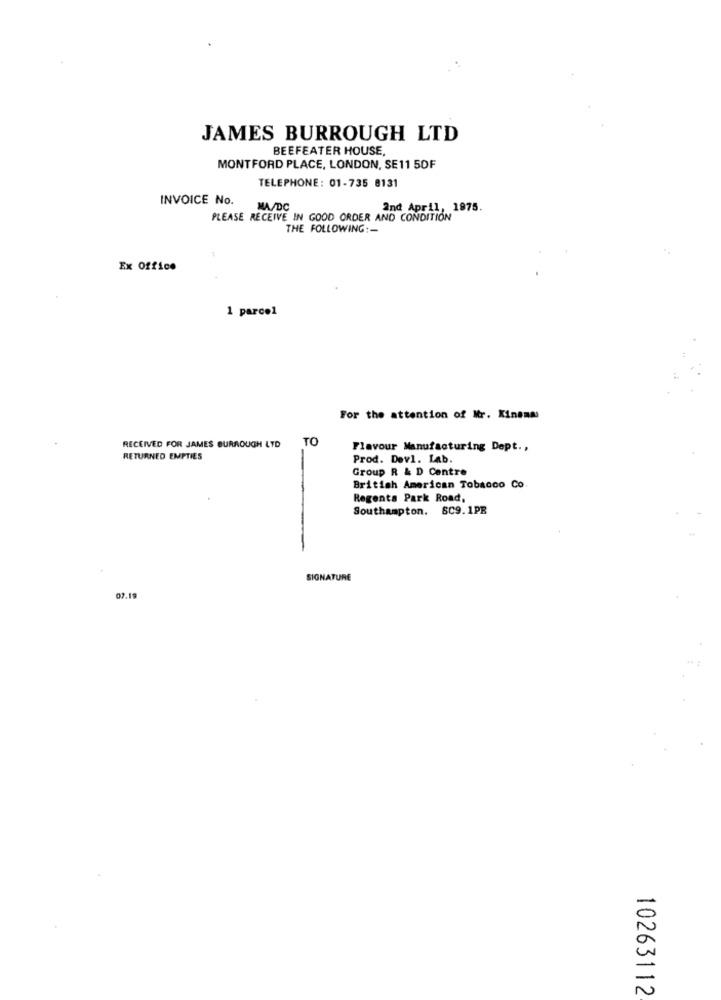
JAMES BURROUGH LTD
BEEFEATER HOUSE,
MONTFORD PLACE, LONDON, SE11 50F
TELEPHONE: 01-735 8131
INVOICE No.
MA/DC
2nd April, 1975.
PLEASE RECEIVE IN GOOD ORDER AND CONDITION
THE FOLLOWING :-
1
Ex Office
1 parcel
For the attention of Mr. Kinenms
TO
RECEIVED FOR JAMES BURROUGH LYD
Flavour Manufacturing Dept .,
RETURNED EMPTIES
Prod. Devl. Lab.
Group R & D Centre
British American Tobacco Co
Regents Park Road,
Southampton. 509.1PB
SIGNATURE
07.19
-
2
10263112